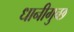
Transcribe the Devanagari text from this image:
धानीगुच्छ